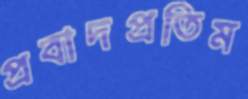
প্রবাদপ্রতিম